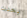
يحدث